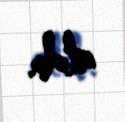
aldı.